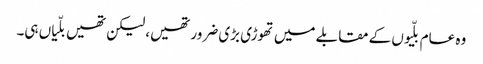
وہ عام بلّیوں کے مقابلے میں تھوڑی بڑی ضرور تھیں، لیکن تھیں بلّیاں ہی۔